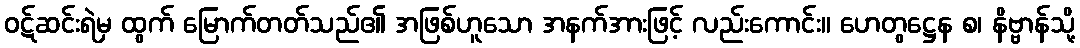
ဝဋ်ဆင်းရဲမှ ထွက် မြောက်တတ်သည်၏ အဖြစ်ဟူသော အနက်အားဖြင့် လည်းကောင်း။ ဟေတွဋ္ဌေန စ၊ နိဗ္ဗာန်သို့